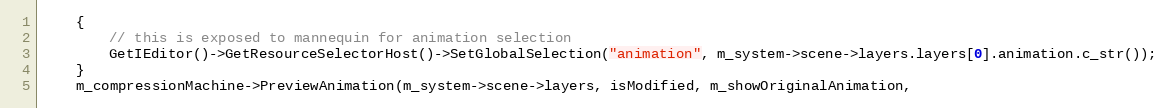
Language: C++
	{
		// this is exposed to mannequin for animation selection
		GetIEditor()->GetResourceSelectorHost()->SetGlobalSelection("animation", m_system->scene->layers.layers[0].animation.c_str());
	}
	m_compressionMachine->PreviewAnimation(m_system->scene->layers, isModified, m_showOriginalAnimation,